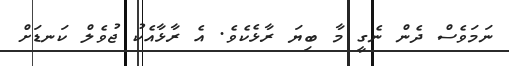
ނަމަވެސް ދެން ނެގީ މާ ބިޔަ ރާޅެކެވެ. އެ ރާޅާއެކު ޖުވެލް ކަނޑަށް